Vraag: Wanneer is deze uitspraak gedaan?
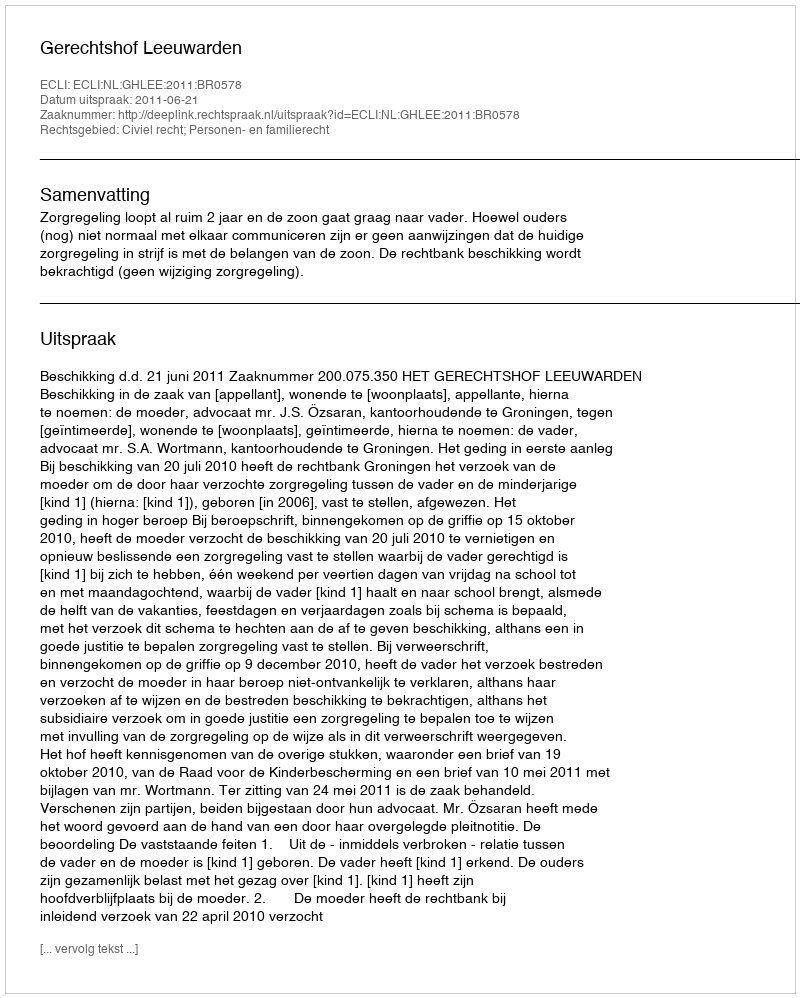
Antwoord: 2011-06-21